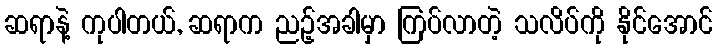
ဆရာနဲ့ ကုပါတယ်, ဆရာက ညဉ့်အခါမှာ ကြပ်လာတဲ့ သလိပ်ကို နိုင်အောင်